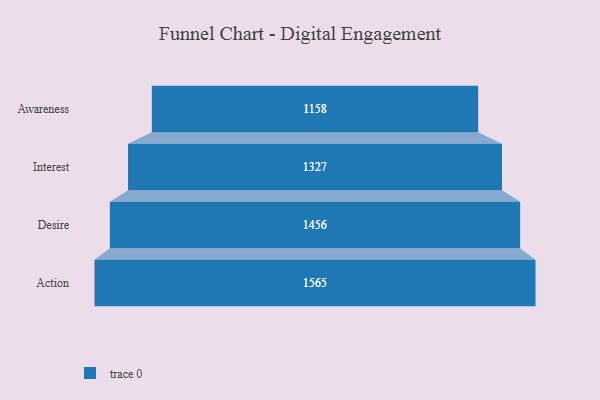
{"axis": {"x": "Stage", "y": "Value"}, "legend": [""], "data": [{"x": "Awareness", "y": 1158.0, "type": ""}, {"x": "Interest", "y": 1327.0, "type": ""}, {"x": "Desire", "y": 1456.0, "type": ""}, {"x": "Action", "y": 1565.0, "type": ""}]}